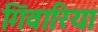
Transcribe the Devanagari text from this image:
गिंवारिया